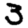
Digit: 3